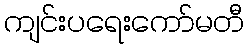
ကျင်းပရေးကော်မတီ